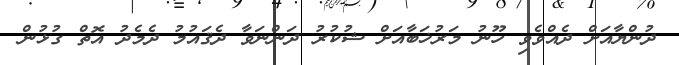
ދުންޔާއަށް ދެއްވެވި ހޫނު މަރުޚަބާއަށް ޝުކުރު ދަންނަވާ ދެޤައުމު ދެމެދު އޮތް ގުޅުން